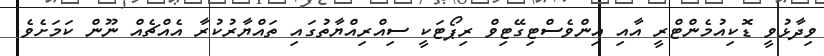
ވިދާޅުވީ ޑޮކިއުމެންޓްރީ އާއި އިންވެސްޓިގޭޓިވް ރިޕޯޓަކީ ސިއްރިއްޔާތުގައި ތައްޔާރުކުރާ އެއްޗެއް ނޫން ކަމަށެވެ.